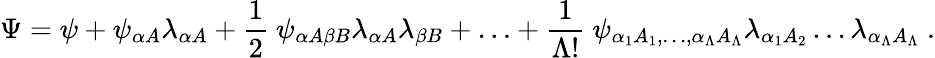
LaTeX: \Psi=\psi+\psi_{\alpha A}\lambda_{\alpha A}+\frac{1}{2}\ \psi_{\alpha A\beta B}\lambda_{\alpha A}\lambda_{\beta B}+{\dots}+\frac{1}{\Lambda!}\ \psi_{\alpha_{1}A_{1},\dots,\alpha_{\Lambda}A_{\Lambda}}\lambda_{\alpha_{1}A_{2}}\dots\lambda_{\alpha_{\Lambda}A_{\Lambda}}\ .